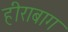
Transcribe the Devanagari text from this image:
हीराबाग